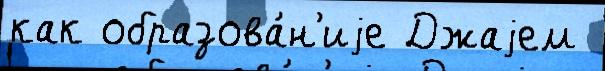
как образова́н'иjе Джаjем